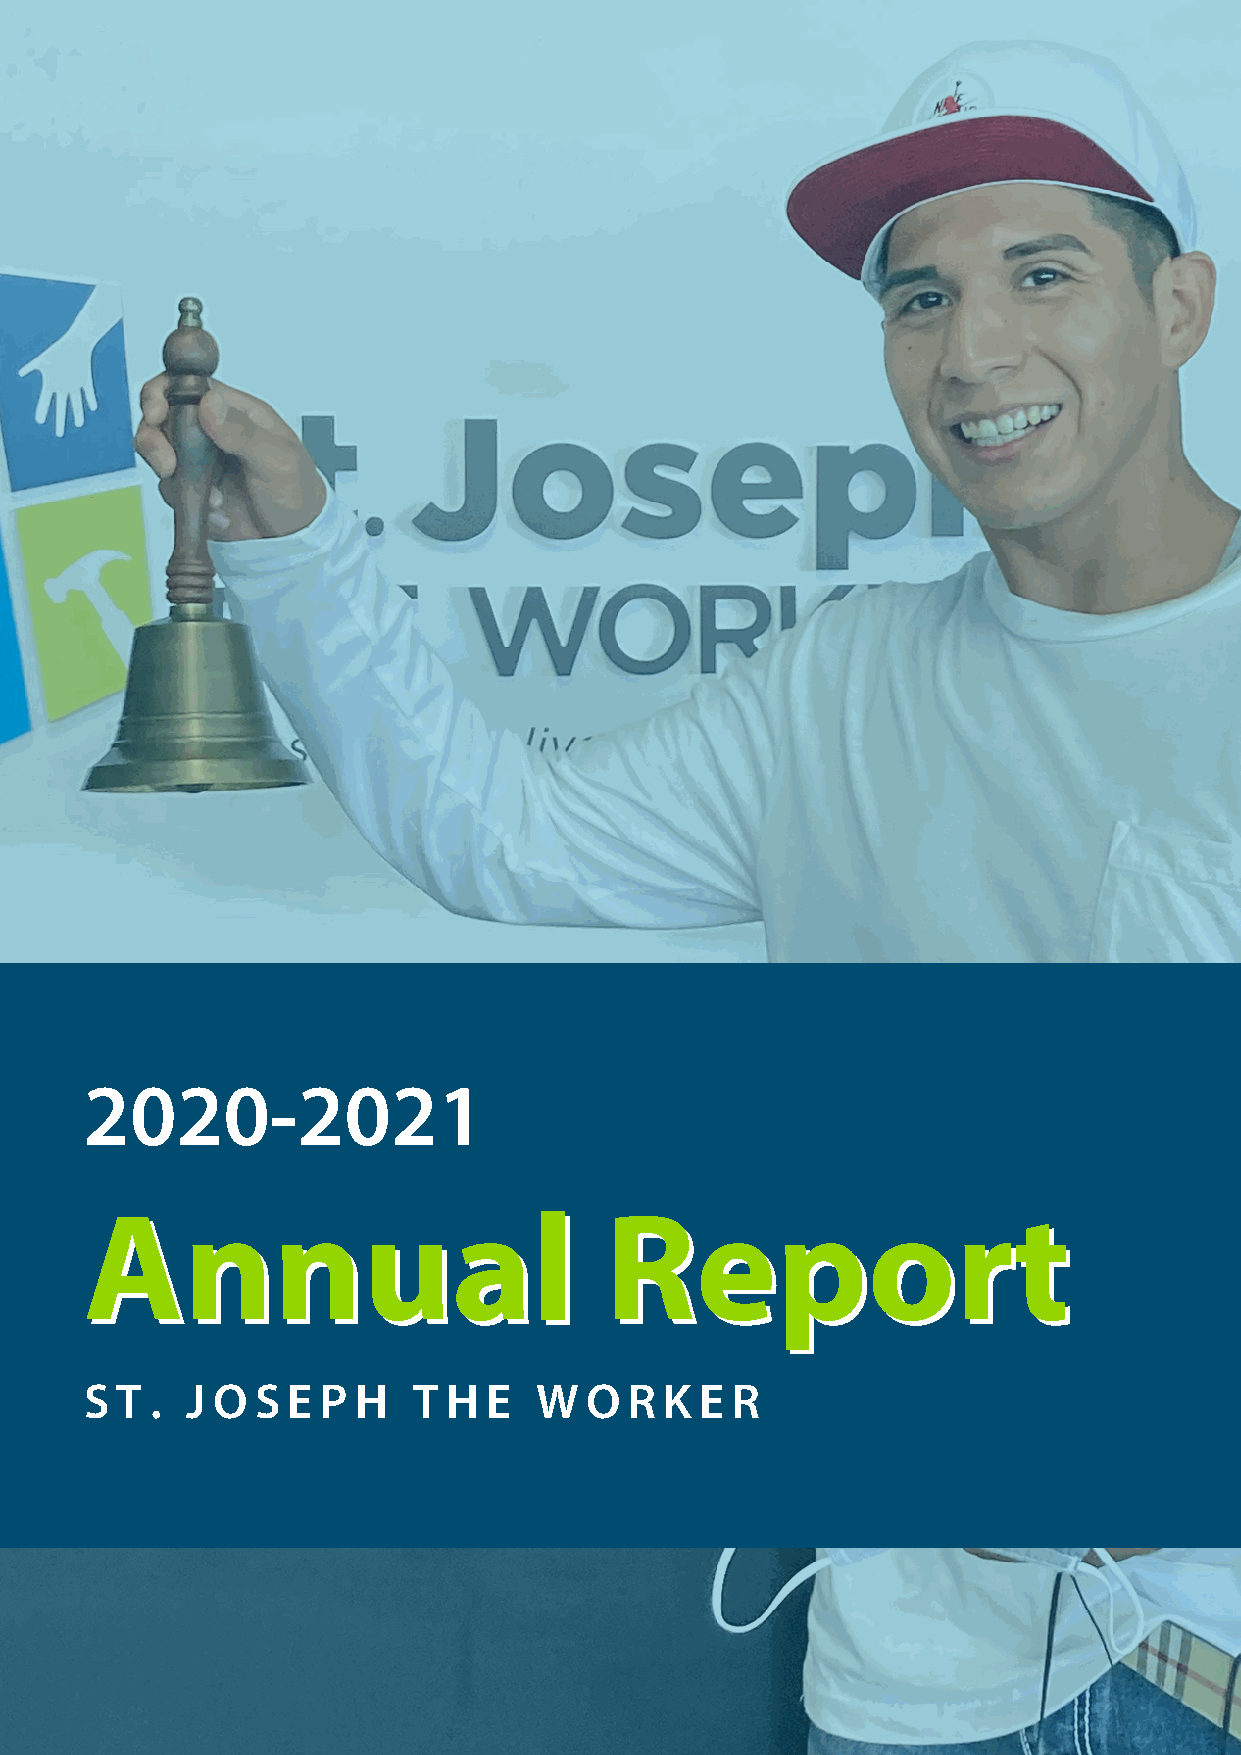
2020-2021
 AAnnnnuuaall                      RReeppoorrtt
 S T . J O  S E P H   T  H E  W   O  R K E R